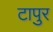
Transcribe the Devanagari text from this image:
टापुर